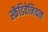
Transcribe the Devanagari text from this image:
स्केंडिवेनियन